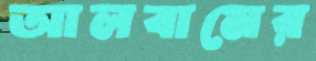
আলবামের